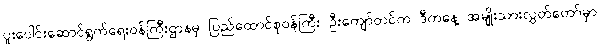
ပူးပေါင်းဆောင်ရွက်ရေးဝန်ကြီးဌာနမှ ပြည်ထောင်စုဝန်ကြီး ဦးကျော်တင်က ဒီကနေ့ အမျိုးသားလွှတ်တော်မှာ